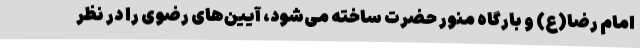
امام رضا(ع) و بارگاه منور حضرت ساخته می‌شود، آیین‌های رضوی را در نظر